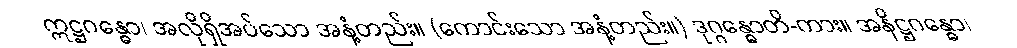
ဣဋ္ဌဂန္ဓော၊ အလိုရှိအပ်သော အနံ့တည်း။ (ကောင်းသော အနံ့တည်း။) ဒုဂ္ဂန္ဓောတိ-ကား။ အနိဋ္ဌဂန္ဓော၊